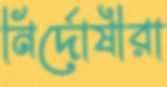
নির্দোষীরা